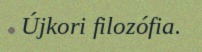
Újkori filozófia.